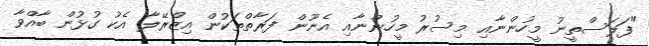
"ފަލަސްތީނު މީހުންނާއި މިސުރު މީހުންނާއި އެނޫން ފަރާތްތަކުން އިޒްރޭލާ އެކު ގުޅުން ބާއްވާ